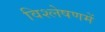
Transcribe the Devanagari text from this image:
विश्लेषणमें